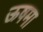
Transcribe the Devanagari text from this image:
ऊषमा